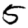
Digit: 5